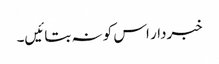
خبردار اس کو نہ بتائیں۔